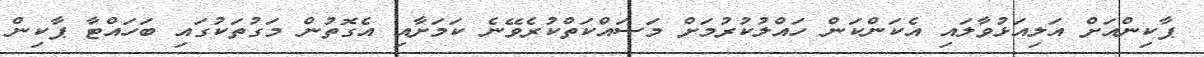
ޕާކިންއަށް އަލިއަޅުވާލައި އެކަންކަން ހައްލުކުރުމަށް މަސައްކަތްކުރެވޭނެ ކަމަށާއި އެގޮތުން މަގުތަކުގައި ބަހައްޓާ ޕާކިން